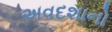
અવદશાનો